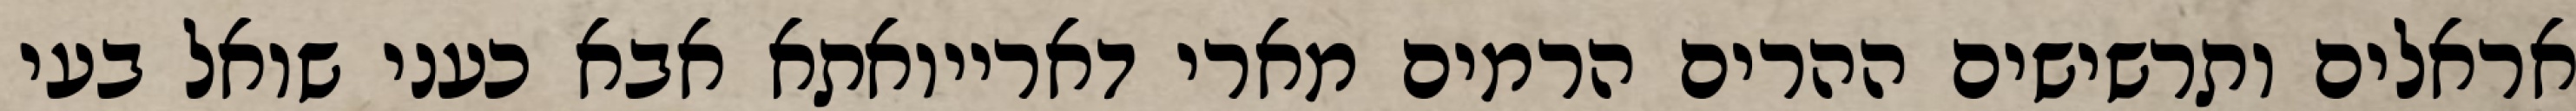
אראלים ותרשישים ההרים הרמים מארי דארייואתא אבא כעני שואל בעי